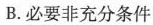
B.必要非充分条件